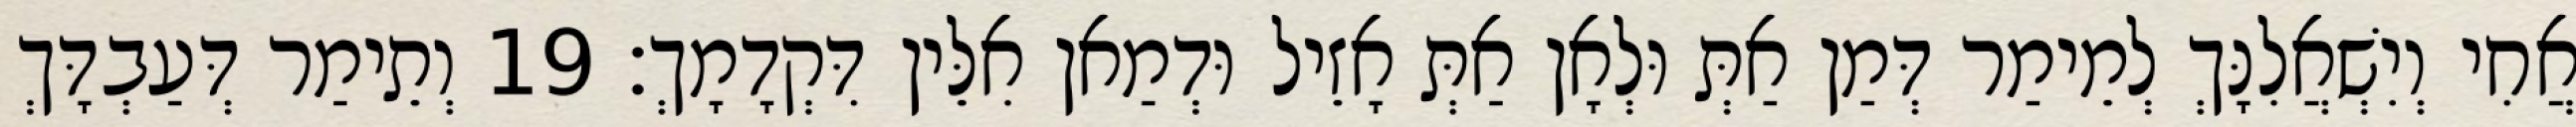
אֲחִי וְיִשְׁאֲלִנָּךְ לְמֵימַר דְּמַן אַתְּ וּלְאָן אַתְּ אָזֵיל וּדְמַאן אִלֵּין דִּקְדָמָךְ׃ 19 וְתֵימַר דְּעַבְדָּךְ